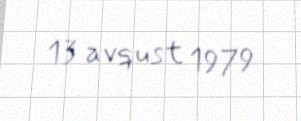
13 avqust 1979